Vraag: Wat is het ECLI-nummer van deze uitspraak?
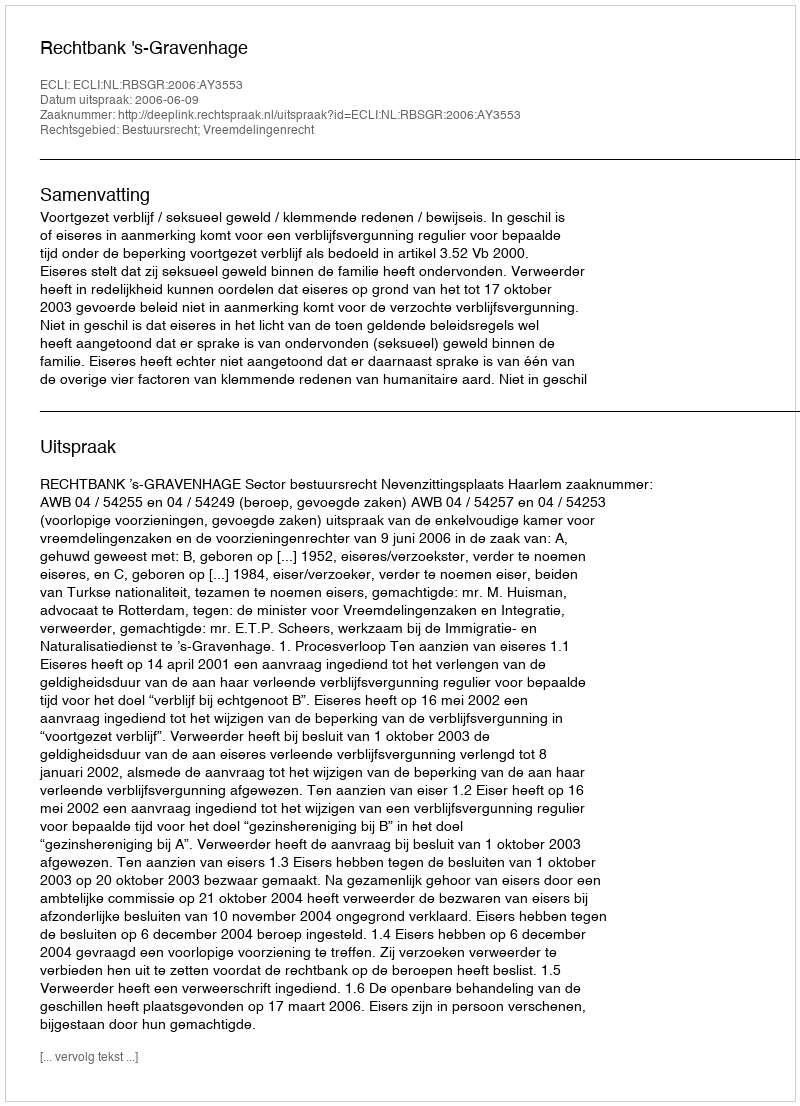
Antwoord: ECLI:NL:RBSGR:2006:AY3553